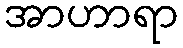
အာဟာရာ